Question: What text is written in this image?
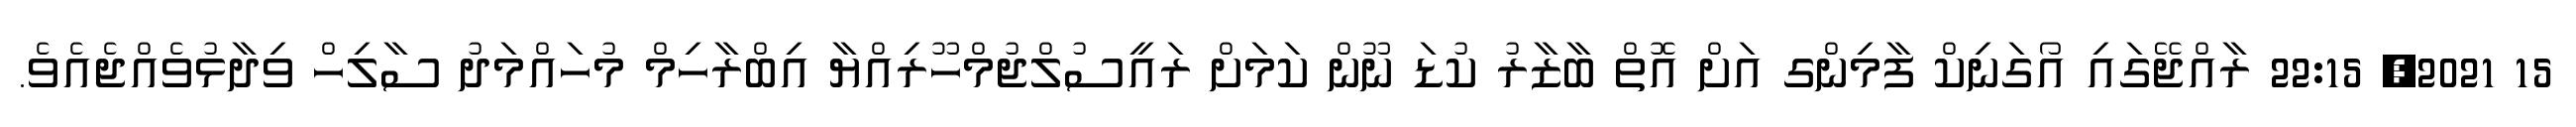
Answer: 15 2021, 22:15 ރާއްޖޭގައި އޯގަނިކް ފާމިންގ އަށް އޮތް ބާޒާރު ކުޑަ ނޫން ކަމަށް ރައީސުލްޖުމްހޫރިއްޔާ އިބްރާހިމް މުހައްމަދު ސާލިހް ވިދާޅުވެއްޖެއެވެ.